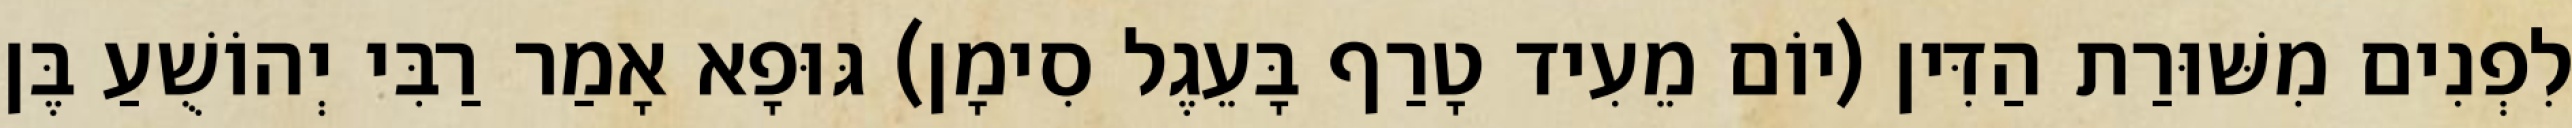
לִפְנִים מִשּׁוּרַת הַדִּין (יוֹם מֵעִיד טָרַף בָּעֵגֶל סִימָן) גּוּפָא אָמַר רַבִּי יְהוֹשֻׁעַ בֶּן